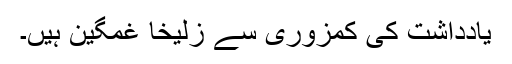
یادداشت کی کمزوری سے زُلیخا غمگین ہیں۔